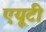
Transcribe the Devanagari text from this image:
एयूटी